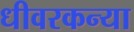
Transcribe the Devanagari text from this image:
धीवरकन्या